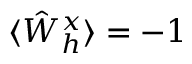
\langle \hat { W } _ { h } ^ { x } \rangle = - 1